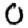
Digit: 0